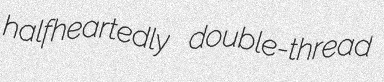
halfheartedly double-thread